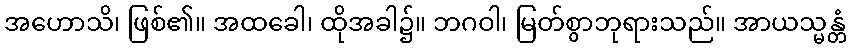
အဟောသိ၊ ဖြစ်၏။ အထခေါ၊ ထိုအခါ၌။ ဘဂဝါ၊ မြတ်စွာဘုရားသည်။ အာယသ္မန္တံ